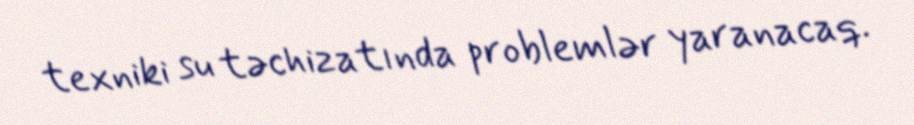
texniki su təchizatında problemlər yaranacaq.